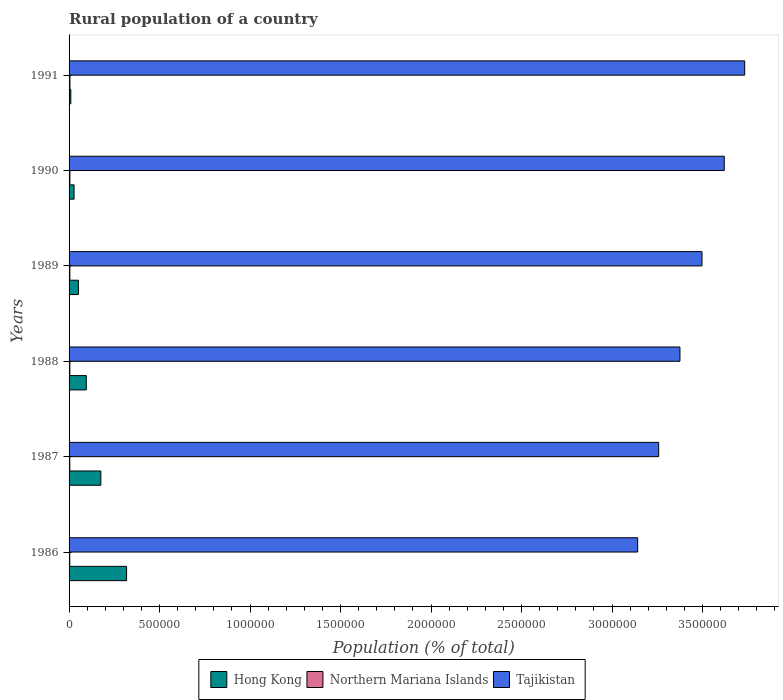
| Years | Hong Kong | Northern Mariana Islands | Tajikistan |
 | --- | --- | --- | --- |
 | 1986 | 3.18e+05 | 3.76e+03 | 3.14e+06 |
 | 1987 | 1.76e+05 | 3.96e+03 | 3.26e+06 |
 | 1988 | 9.52e+04 | 4.14e+03 | 3.38e+06 |
 | 1989 | 5.15e+04 | 4.32e+03 | 3.5e+06 |
 | 1990 | 2.76e+04 | 4.52e+03 | 3.62e+06 |
 | 1991 | 9.66e+03 | 4.81e+03 | 3.73e+06 |